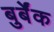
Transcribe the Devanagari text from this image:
बुर्बेंक